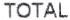
TOTAL